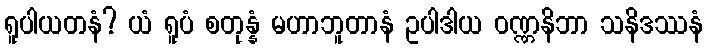
ရူပါယတနံ? ယံ ရူပံ စတုန္နံ မဟာဘူတာနံ ဥပါဒါယ ဝဏ္ဏနိဘာ သနိဒဿနံ